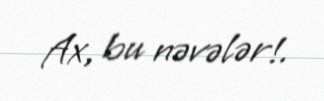
Ax, bu nəvələr!.